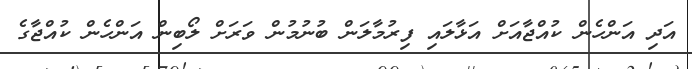
އަދި އަންހެން ކުއްޖާއަށް އަޅާލައި ފިރުމާލަން ބުނުމުން ވަރަށް ލޯބިން އަންހެން ކުއްޖާގެ